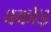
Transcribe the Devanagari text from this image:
वकोड़